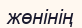
жөнінің